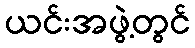
ယင်းအဖွဲ့တွင်